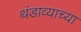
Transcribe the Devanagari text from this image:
थंडाव्याच्या